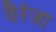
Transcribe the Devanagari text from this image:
वैरंजा